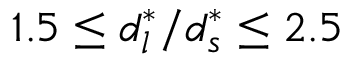
1 . 5 \leq d _ { l } ^ { * } / d _ { s } ^ { * } \leq 2 . 5